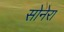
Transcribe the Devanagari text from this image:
सोनेरा